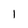
Character: l